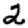
Digit: 2